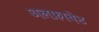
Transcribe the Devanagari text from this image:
अलफ़ाबेट